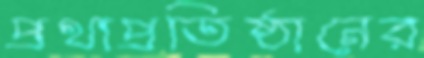
প্রথাপ্রতিষ্ঠানের